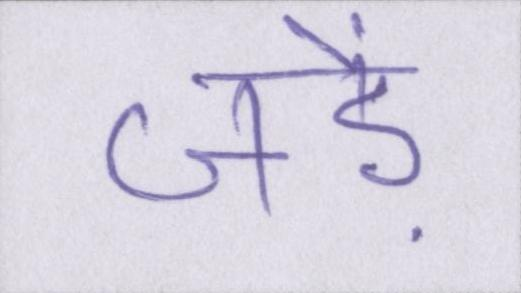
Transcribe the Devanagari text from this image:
जड़ें